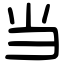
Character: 当